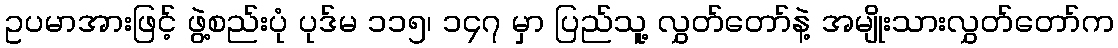
ဥပမာအားဖြင့် ဖွဲ့စည်းပုံ ပုဒ်မ ၁၁၅၊ ၁၄၇ မှာ ပြည်သူ့ လွှတ်တော်နဲ့ အမျိုးသားလွှတ်တော်က